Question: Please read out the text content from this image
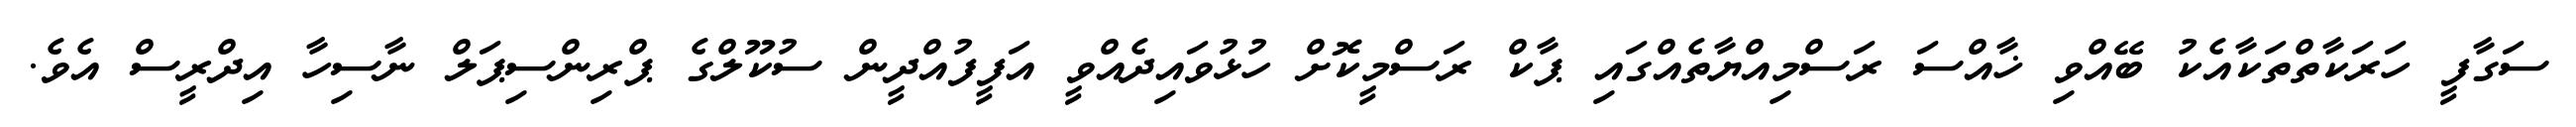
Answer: ސަގާފީ ހަރަކާތްތަކާއެކު ބޭއްވި ޚާއްސަ ރަސްމިއްޔާތެއްގައި ޕާކް ރަސްމީކޮށް ހުޅުވައިދެއްވީ އަފީފުއްދީން ސުކޫލްގެ ޕްރިންސިޕަލް ނާސިހާ އިދްރީސް އެވެ.